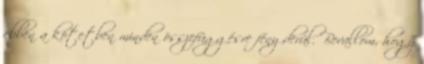
ebben a kötetben minden összefüggésre fény derül. Bevallom, hogy